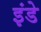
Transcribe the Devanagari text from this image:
इंडे